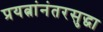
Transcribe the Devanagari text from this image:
प्रयत्नांनंतरसुद्धा